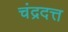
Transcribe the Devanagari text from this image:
चंद्रदत्त